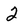
Character: 2